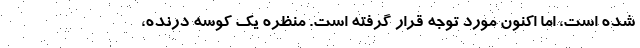
شده است، اما اکنون مورد توجه قرار گرفته است. منظره یک کوسه درنده،